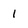
Character: 1